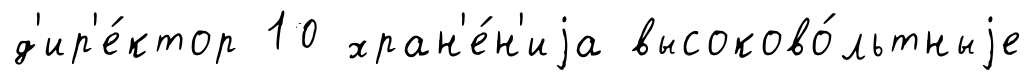
д'ир'е́ктор 10 хран'е́н'иjа высоково́льтныjе